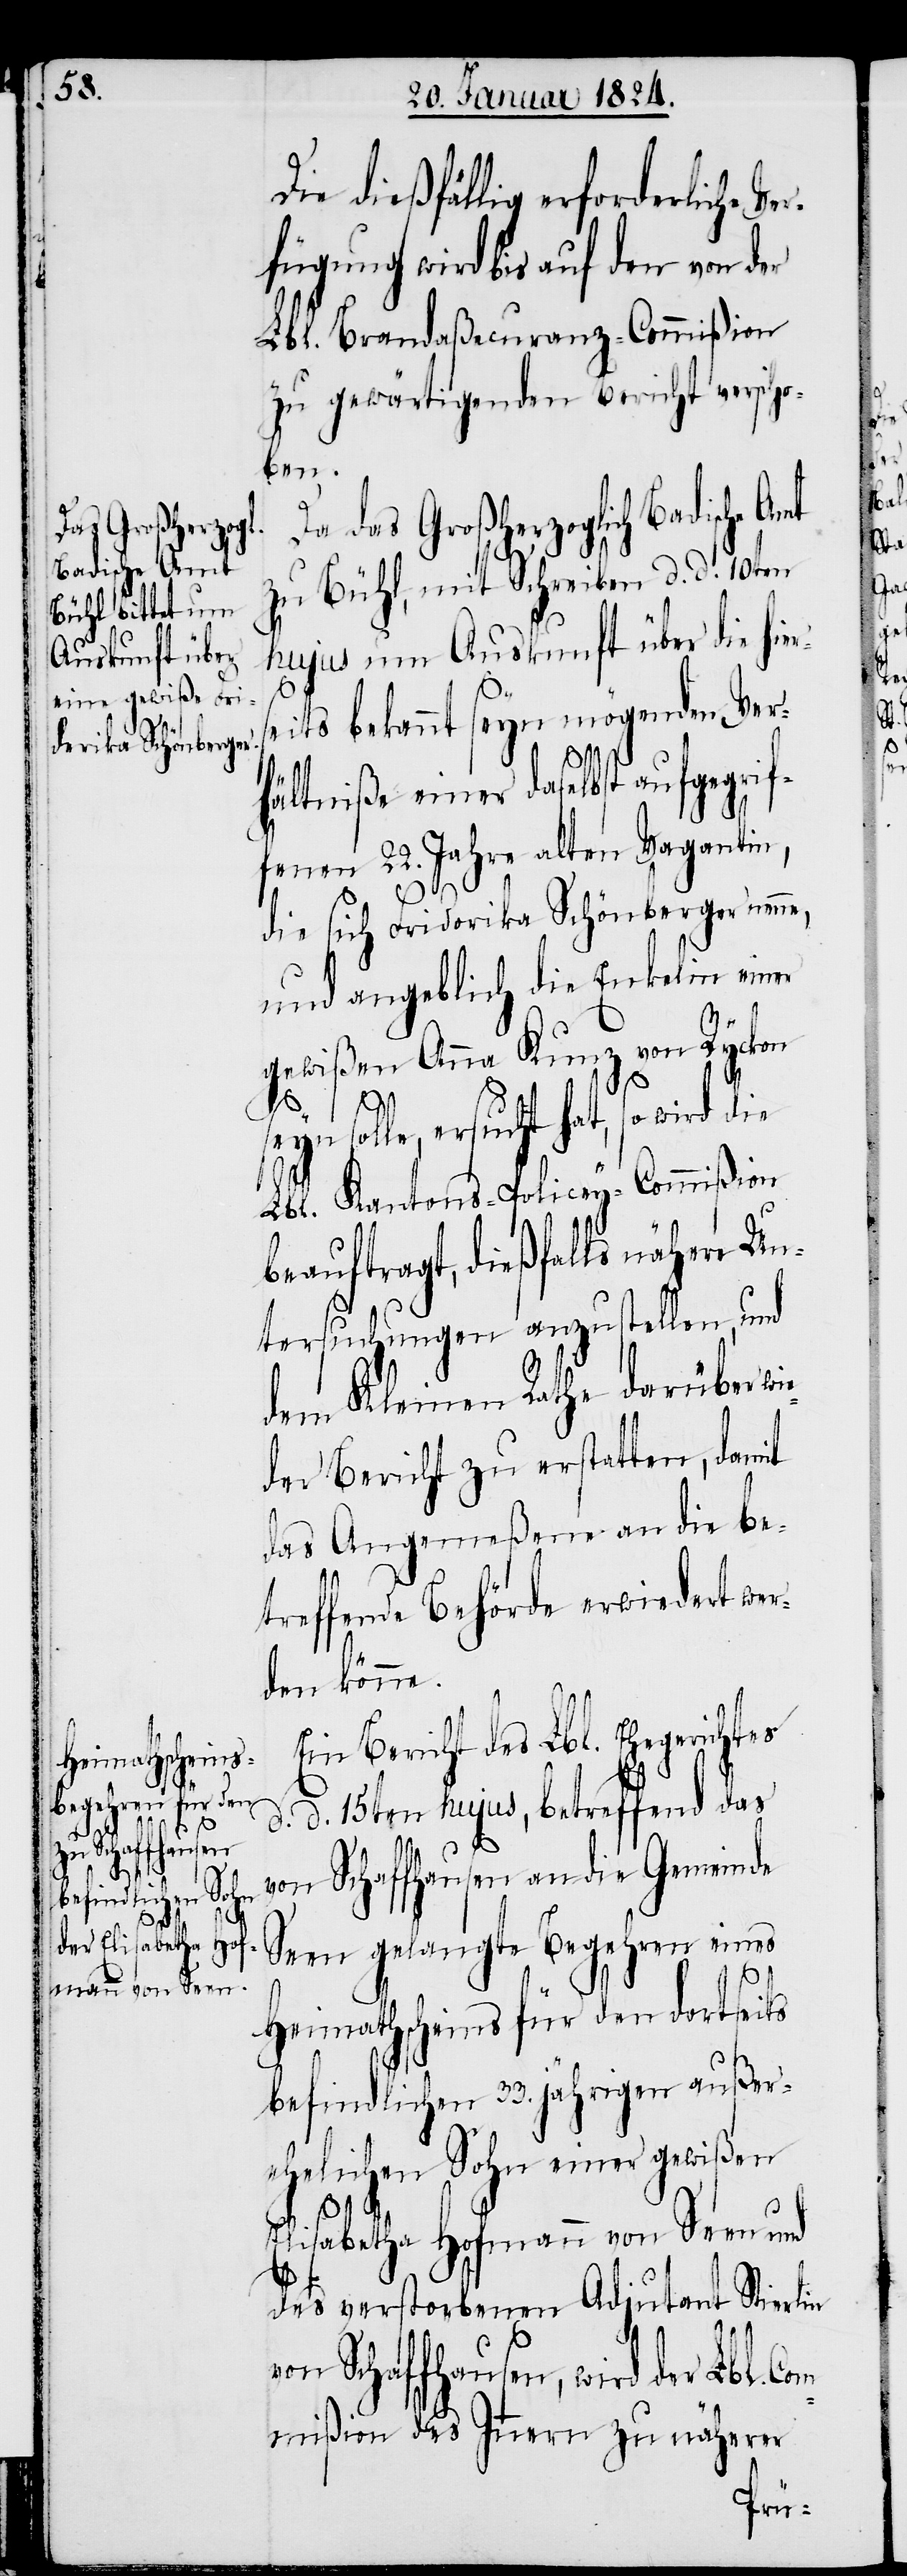
Auskunft über
die hierse¬

Die dießfällig erforderliche V¬
fügung wird bis auf den von der
Lbl. Brandaßecuranz-Commißion
zu gewärtigenden Bericht verscho¬
ben.
Da das Großherzoglich Badische Amt
zu Bühl, mit Schreiben d. d. 10ten
its bekannt seyn mögenden Ver¬
hältniße einer daselbst aufgegrif¬
fenen 22. Jahre alten Vagantin,
die sich Friderika Schönberger nenne,
und angeblich die Enkelin einer
gewißen Anna Kunz von Ryckon
Com¬
seyn solle, ersucht hat, so wird die
Lbl. Kantons-Policey-Commißion
beauftragt, dießfalls nähere Un¬
tersuchungen anzustellen, und
dem Kleinen Rathe darüber wi¬
eder Bericht zu erstatten, damit
das Angemeßene an die be¬
treffende Behörde erwiedert wer¬
den könne.
Bericht des Lbl. Ehegerichtes
d. d. 15ten hujus, betreffend das
von Schaffhausen an die Gemeinde
Seen gelangte Begehren eines
Heimathscheins für den dortseits
befindlichen 33. jährigen außer¬
ehelichen Sohn einer gewißen
Elisabetha Hofmann von Seen und
des verstorbenen Adjutant Stierlin
von Schaffhausen, wird der Lbl.
mißion des Innern zu näherer